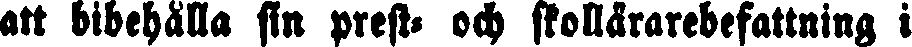
att bibehålla sin prest- och skollärarebefattning i